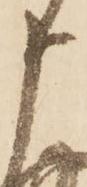
申